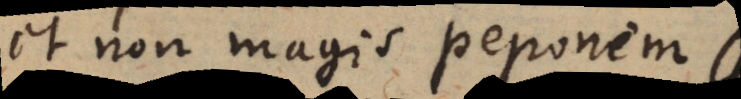
et non magis peponem